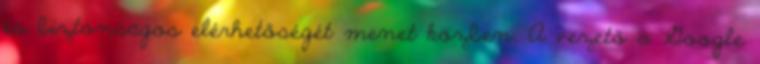
és biztonságos elérhetőségét menet közben. A vezető a Google